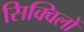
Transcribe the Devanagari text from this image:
सिक्विलों